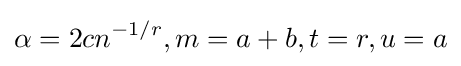
\alpha =2cn^{-1/r},m=a+b,t=r,u=a